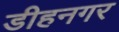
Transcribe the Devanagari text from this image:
डीहनगर